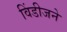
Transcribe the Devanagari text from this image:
विंडीजने